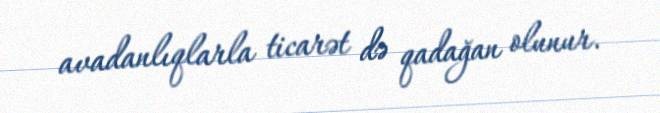
avadanlıqlarla ticarət də qadağan olunur.